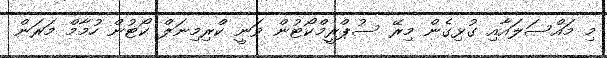
މި މައްސަލައާއި ގުޅިގެން މިރޭ ސުޕްރީމްކޯޓުން ވަނީ ކްރިމިނަލް ކޯޓުން ހުމާމް މަރަން